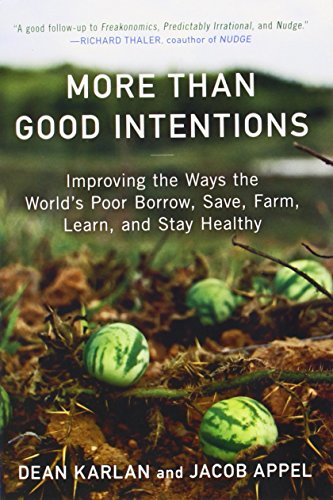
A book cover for More Than Good Intentions: Improving the Ways the World's Poor Borrow, Save, Farm, Learn, and Stay Healthy; Dean Karlan; Business & Money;